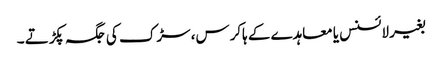
بغیر لائسنس یا معاہدے کے ہاکرس، سڑک کی جگہ پکڑتے ۔